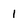
Character: 1